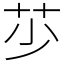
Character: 䒚